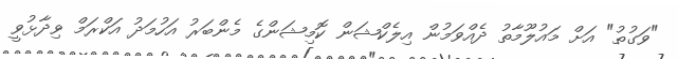
"ވަގުތު" އަށް މައުލޫމާތު ދެއްވަމުން އިލެކްޝަން ކޮމިޝަންގެ މެންބަރު އަހުމަދު އަކްރަމް ވިދާޅުވީ